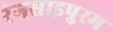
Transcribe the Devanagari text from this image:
रंगसाइपुरम